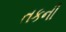
તકની